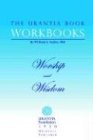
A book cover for The Urantia Book Workbooks: Volume 8 - Worship and Wisdom; Religion & Spirituality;